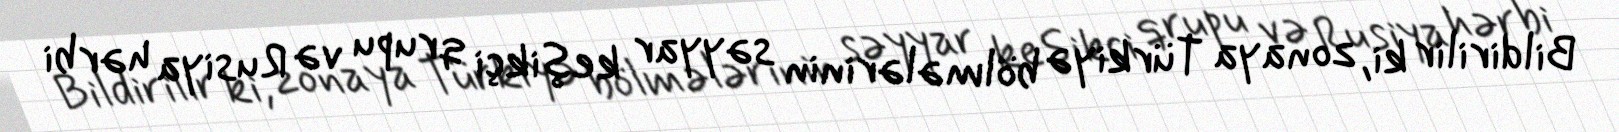
Bildirilir ki, zonaya Türkiyə bölmələrinin səyyar keşikçi qrupu və Rusiya hərbi